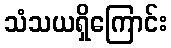
သံသယရှိကြောင်း